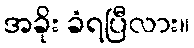
အခိုး ခံရပြီလား။